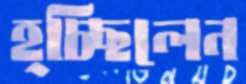
হ্চ্ছিলেন